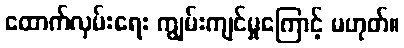
ထောက်လှမ်းရေး ကျွမ်းကျင်မှုကြောင့် မဟုတ်။